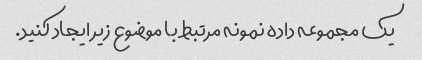
یک مجموعه داده نمونه مرتبط با موضوع زیر ایجاد کنید.